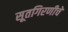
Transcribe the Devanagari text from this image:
सूतगिरणीचे